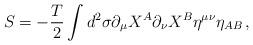
LaTeX: \begin{align*}S=-\frac{T}{2}\int d^2\sigma\partial_\mu X^A\partial_\nu X^B\eta^{\mu\nu}\eta_{AB}\, ,\end{align*}